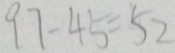
9 7 - 4 5 = 5 2